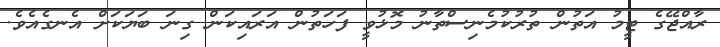
ރާއްޖޭގެ ޓީމު އަތުން ތުރުކުމެނިސްތާނު މޮޅުވީ ފަހަތުން އަރައިކަން ގިނަ ބަޔަކަށް އެނގެއެވެ.